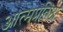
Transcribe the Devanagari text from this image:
आत्मप्रतिष्ठा